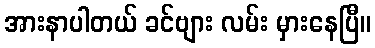
အားနာပါတယ် ခင်ဗျား လမ်း မှားနေပြီ။